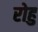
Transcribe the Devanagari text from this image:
रोहु